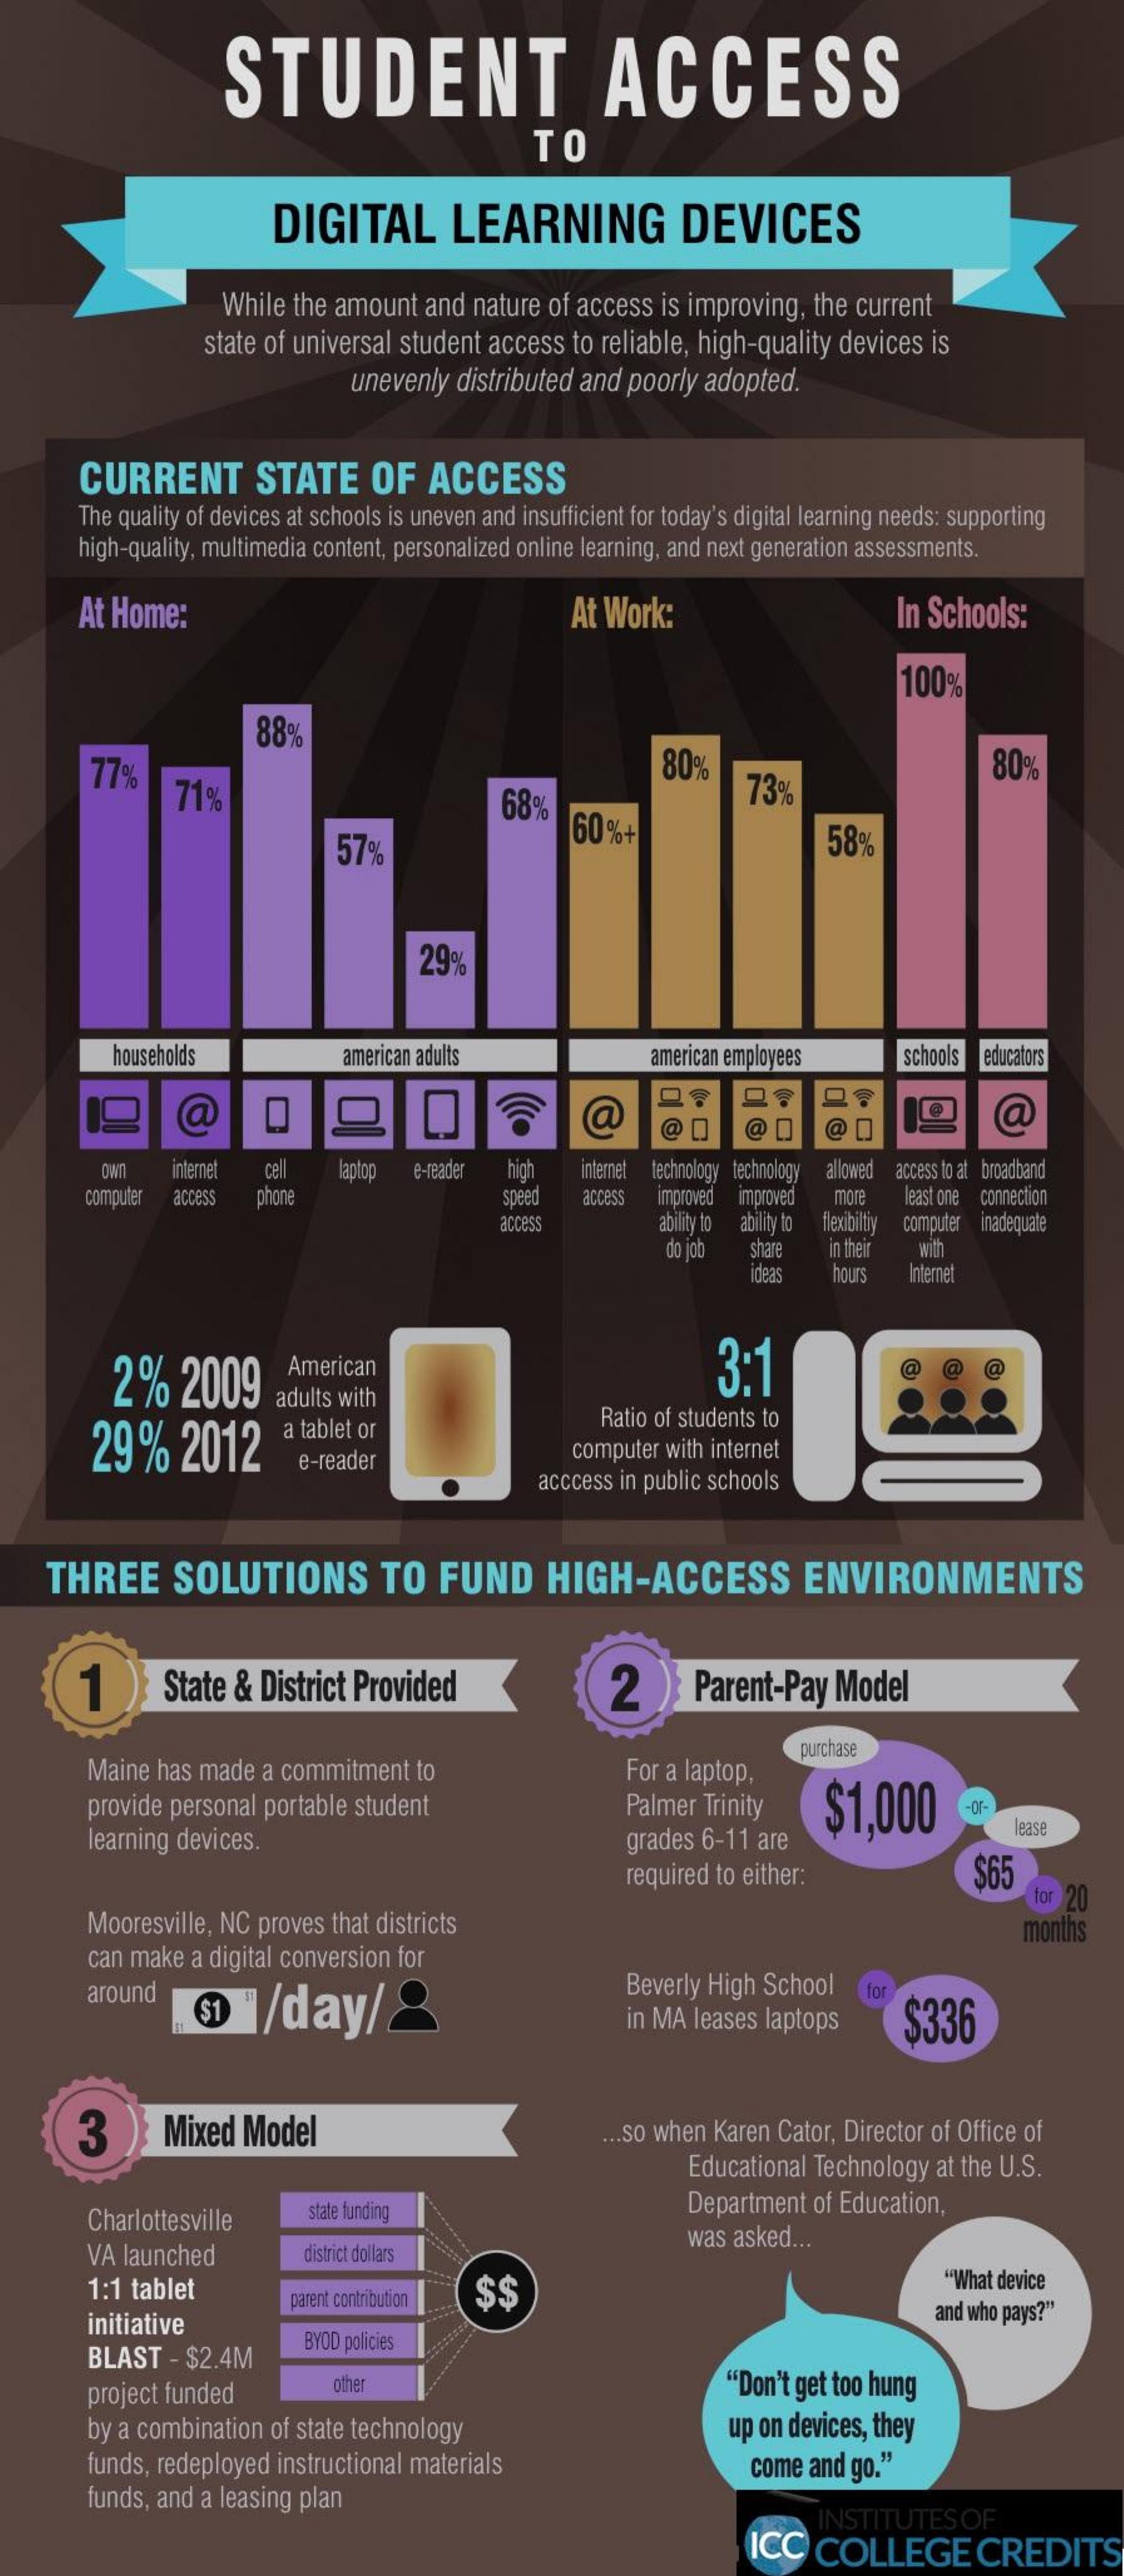
STUDENT    ACCESS
     TO
     DIGITAL    LEARNING    DEVICES
     While  the amount  and  nature of access  is improving, the current
     state of universal student access to reliable, high-quality devices is
     unevenly distributed and poorly  adopted.
     CURRENT    STATE    OF   ACCESS
     The quality of devices at schools is uneven and insufficient for today's digital learning needs: supporting
     high-quality, multimedia content, personalized online learning, and next generation assessments.
     At Home:    At Work:    In Schools:
     100%
     88%
     77%
     71%
     80%    80%
     68%    73%
     57%
     60%+    58%
     29%
     households    american adults    american employees    schools educators
     a    @    @1    a
     internet cel   laptop e-reader high   internet technology technology allowed access to at b madband
     computer access  phone    Speed  access improved Improved more  least one connection
     access    ability to ability to flexibiltiy computer inadequate
     do job  share   in their with
     ideas   hours  Internet
     2%    2009
     American    3:1    @   @   @
     adults with
     29%    2012
     a tablet or
     Ratio of students to
     e-reader    computer with internet
     acccess in public schools
     THREE    SOLUTIONS    TO   FUND    HIGH-ACCESS    ENVIRONMENTS
     1    State & District  Provided    2    Parent-Pay   Model
     Maine has made  a commitment   to    For a laptop,
     purchase
     provide personal portable student    Palmer  Trinity    $1,000    -Or-
     learning devices.    grades 6-11  are
     ease
     required to either:    $65
     Mooresville, NC proves that districts
     for 20
     can make  a digital conversion for
     months
     around
     $1    /day/    &
     Beverly High School
     in MA leases laptops    $336
     3    Mixed  Model    ... So when Karen Cator, Director of Office of
     Educational Technology at the U.S.
     Charlottesville    state funding    Department  of Education,
     VA  launched    district dollars
     was asked ...
     1:1 tablet    $$
     "What device
     initiative
     parent contribution
     and who pays?"
     BLAST  - $2.4M
     BYOD policies
     project funded    other    "Don't get too hung
     by a combination of state technology    up on devices, they
     funds, redeployed instructional materials    come  and go."
     funds, and a leasing plan
     INSTITUTES    OF
     ICC   COLLEGE    CREDITS